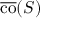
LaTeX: { \overline { { \operatorname { c o } } } } ( S )